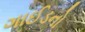
ગાઈડનો